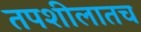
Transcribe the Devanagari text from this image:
तपशीलातच